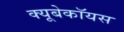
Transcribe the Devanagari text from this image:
क्यूबेकॉयस